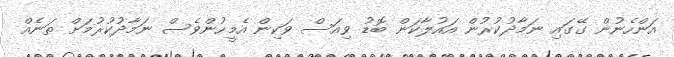
އަންހެނުން ގޭގައި ނަމާދުކުރުން އައުލާކަން ބޮޑު ވިއަސް ވަކިން އެމީހުންވެސް ނަމާދުކުރުމަށް ތަނެއް